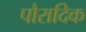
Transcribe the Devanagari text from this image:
पौरादिक